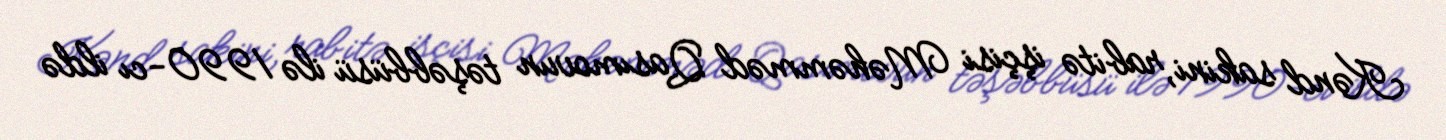
Kənd sakini, rabitə işçisi Məhəmməd Qasımovun təşəbbüsü ilə 1990-cı ildə